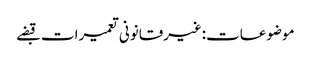
موضوعات:غیرقانونی تعمیرات قبضے